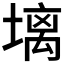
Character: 𪤋